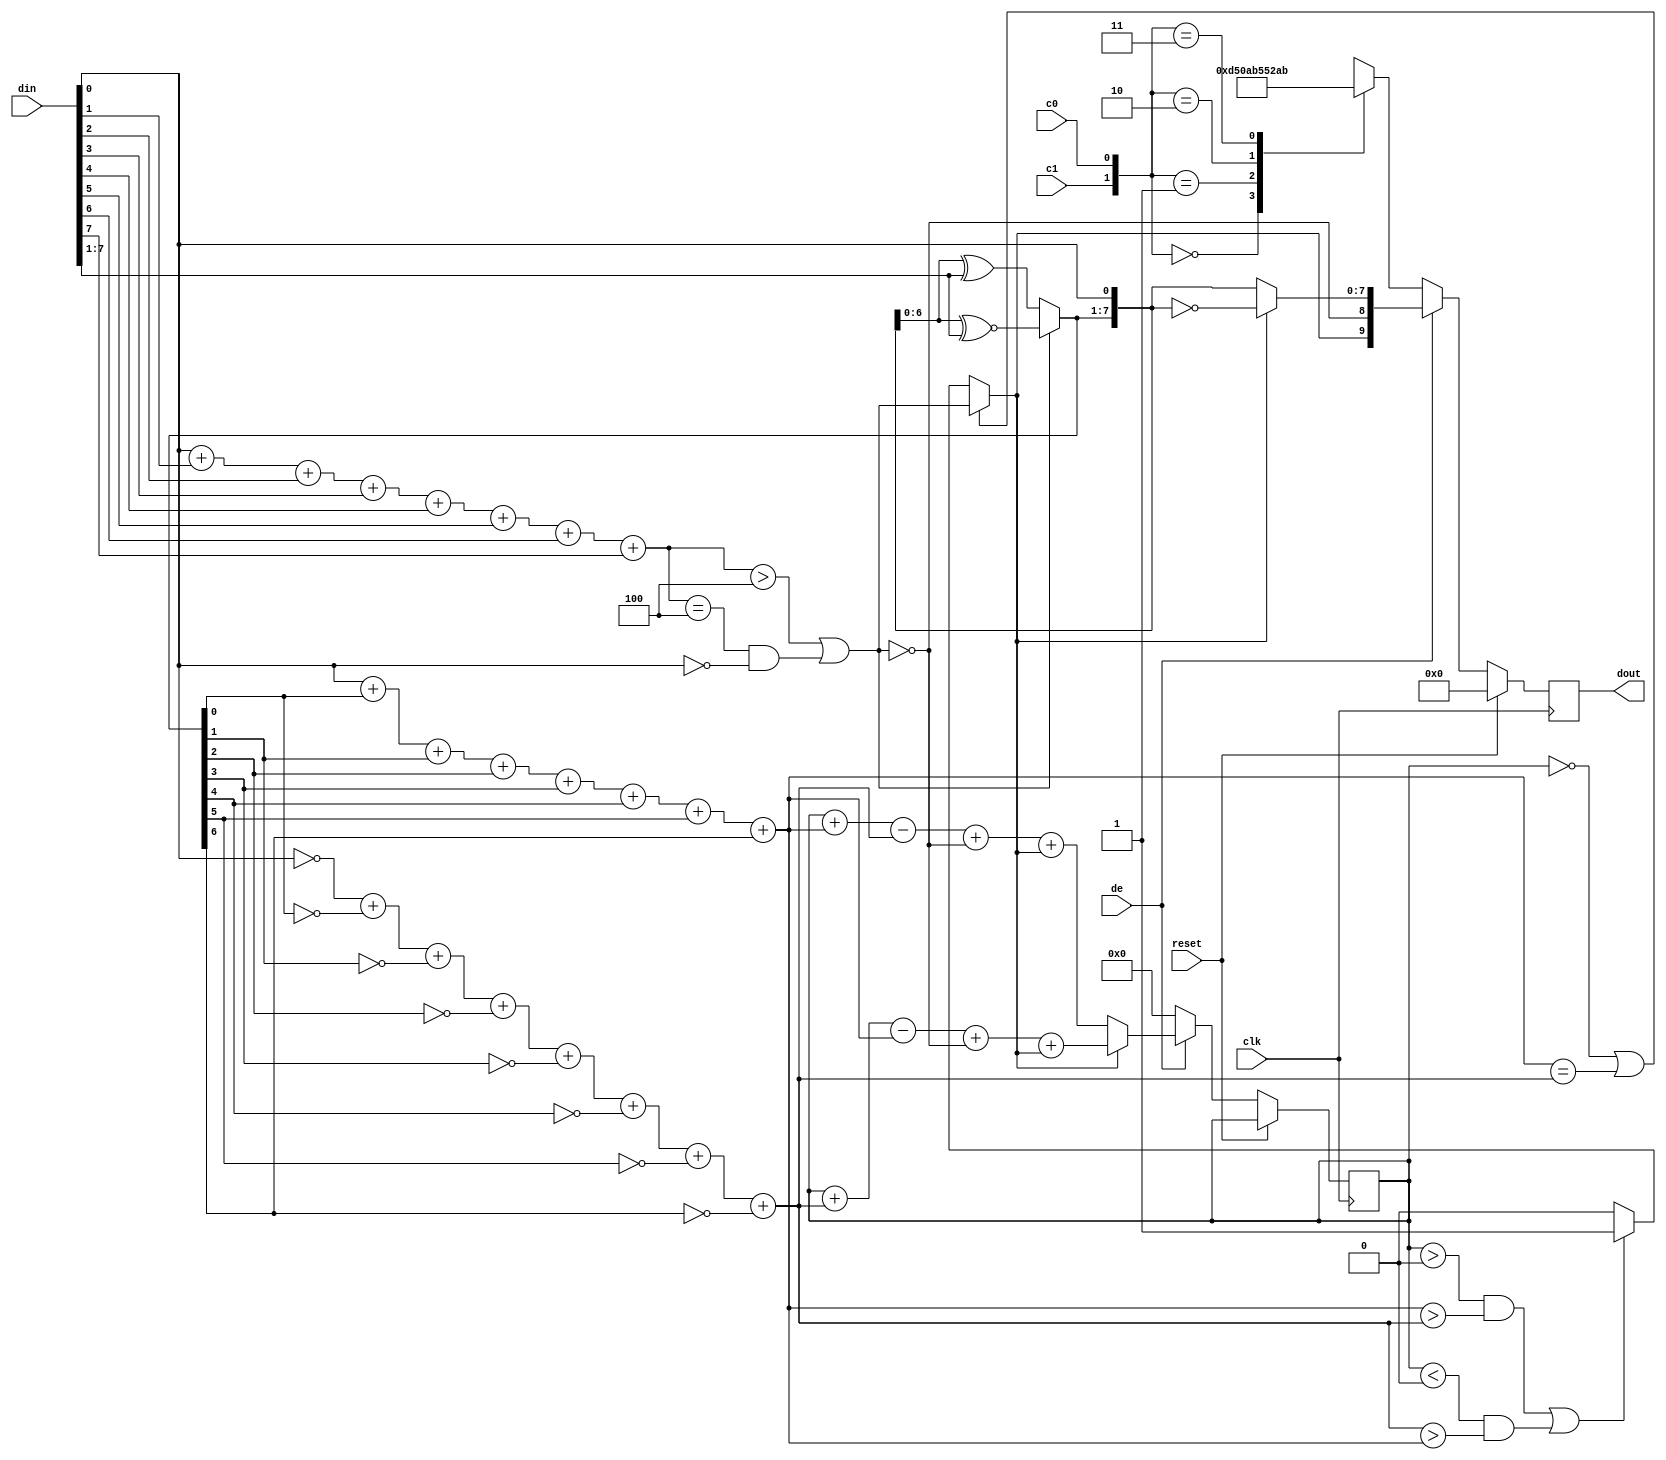
`default_nettype none
//////////////////////////////////////////////////////////////////////////////////
//
// Module Name: tmds_encoder
// Description: Performs the 8b/10b TMDS encoding defined in the DVI spec on an
// 8-bit data channel
// 
//////////////////////////////////////////////////////////////////////////////////


module tmds_encoder(
    input wire clk,
    input wire reset,
    input wire [7:0] din, // 8 bit channel data
    input wire c0, // Control bit 0
    input wire c1, // Control bit 1
    input wire de, // Data enable

    output reg [9:0] dout // 10 bit encoded output
    );

	//////////////////////////////////////////////////////////////////////////////
	// STAGE 1: XOR or XNOR (8 bits to 9 bits)
	//////////////////////////////////////////////////////////////////////////////
	wire [8:0] s1; // Stage 1 result
	wire [3:0] high_count1 = din[0] + din[1] + din[2] + din[3] +
							 din[4] + din[5] + din[6] + din[7];
	// Determine if there are more 1's than 0's in the input bus
	wire condition1 = (high_count1 > 4) | (high_count1 == 4 && din[0] == 0);
	// If there's more 1's, use XNOR for stage 1, else XOR
	assign s1[0] = din[0];
	assign s1[7:1] = (condition1) ? s1[6:0] ^~ din[7:1] : s1[6:0] ^ din[7:1];
	assign s1[8] = ~condition1; // Add a 9th bit that represents condition1

	//////////////////////////////////////////////////////////////////////////////
	// STAGE 2: To invert or not (9 bits to 10 bits)
	//////////////////////////////////////////////////////////////////////////////
	reg signed [4:0] cnt = 0; // Disparity counter
	wire signed [4:0] next_cnt; // next value of counter
	wire [9:0] s2; // Stage 2 result
	// Two wires for number of 1's and number of 0's
	wire [3:0] high_count2 = s1[0] + s1[1] + s1[2] + s1[3] +
							 s1[4] + s1[5] + s1[6] + s1[7];
	wire [3:0] low_count2 = ~s1[0] + ~s1[1] + ~s1[2] + ~s1[3] +
							~s1[4] + ~s1[5] + ~s1[6] + ~s1[7];
	// Condition 2 is true when the balance of 0's and 1's is dead on
	wire condition2 = (cnt == 0) | (high_count2 == low_count2);
	// Condition 3 is true when the current input's 0 and 1 balance
	// would increase the current disparity (balance of 0's and 1's)
	// In which case we should invert the data output to restore balance
	wire condition3 = (cnt > 0 && high_count2 > low_count2) |
	                    (cnt < 0 && low_count2 > high_count2);
	wire invert = (condition2) ? condition1 : (condition3) ? 1 : 0;
	// Assign the final 10 bits
	assign s2[7:0] = (invert) ? ~s1[7:0] : s1[7:0];
	assign s2[8] = s1[8]; // Always preserve the 9th bit (~condition1)
	assign s2[9] = invert; // 10th bit represents inversion
	// Update the disparity counter
	assign next_cnt = (invert) 
		? cnt + {1'b0, low_count2} - {1'b0, high_count2} + {1'b0, s2[8]} + {1'b0, s2[9]}
		: cnt + {1'b0, high_count2} - {1'b0, low_count2} + {1'b0, s2[8]} + {1'b0, s2[9]};

	// Synchronous output stage
	always @(posedge clk) begin
		if (reset)
			dout <= 10'b0;
		else if (de) begin
			dout <= s2; // Clock in result of stage 2
			cnt <= (reset) ? 0 : next_cnt; // Clock in the new disparity
		end
		else begin // If no data enable (blanking), use control bits for dout
			case ({c1, c0})
				2'b00: dout <= 10'b1101010100;
				2'b01: dout <= 10'b0010101011;
				2'b10: dout <= 10'b0101010100;
				2'b11: dout <= 10'b1010101011;
			endcase
			cnt <= 0;
		end
	end

endmodule